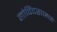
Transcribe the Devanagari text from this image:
गोविंदराजने